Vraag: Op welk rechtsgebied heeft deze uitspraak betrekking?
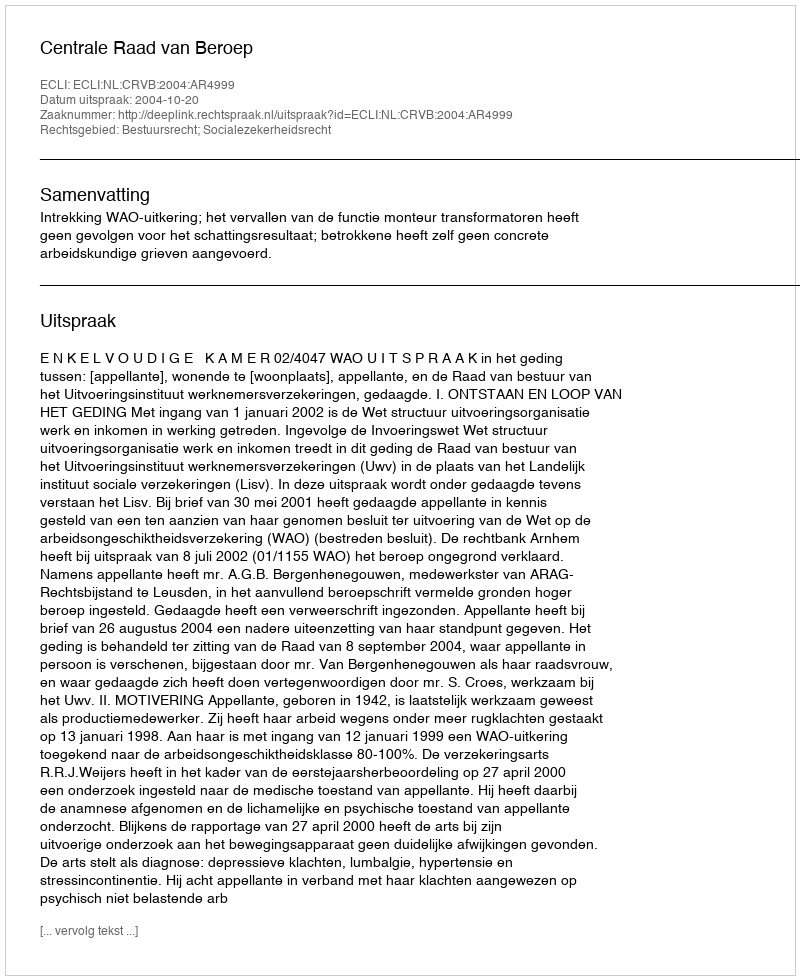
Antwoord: Bestuursrecht; Socialezekerheidsrecht